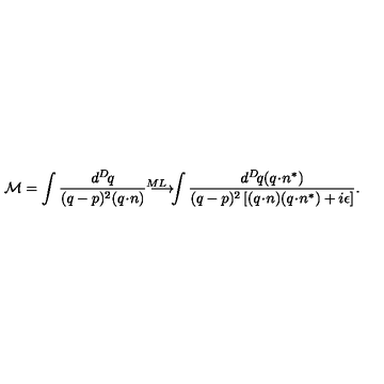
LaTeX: { \cal M } = \int \frac { d ^ { D } \! q } { ( q - p ) ^ { 2 } ( q \! \cdot \! n ) } \longrightarrow ^ { \! \! \! \! \! \! \! \! \! \! \! \! \! \! M L } \int \frac { d ^ { D } \! q ( q \! \cdot \! n ^ { * } ) } { ( q - p ) ^ { 2 } \left[ ( q \! \cdot \! n ) ( q \! \cdot \! n ^ { * } ) + i \epsilon \right] } .